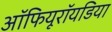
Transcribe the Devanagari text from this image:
ऑफियूरॉयडिया